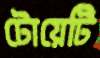
টোয়েটি